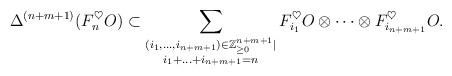
LaTeX: \begin{align*}\Delta^{(n+m+1)}(F_n^{\heartsuit}O)\subset \sum_{\substack{(i_1,\ldots,i_{n+m+1})\in\mathbb Z_{\geq 0}^{n+m+1}|\\i_1+\ldots+i_{n+m+1}=n}}F_{i_1}^{\heartsuit}O\otimes\cdots\otimes F_{i_{n+m+1}}^{\heartsuit}O. \end{align*}